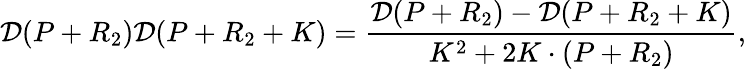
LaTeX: \mathcal{D}(P+R_{2})\mathcal{D}(P+R_{2}+K)=\frac{{\mathcal{D}(P+R_{2})-\mathcal{D}(P+R_{2}+K)}}{{K^{2}+2K\cdot(P+R_{2})}},